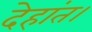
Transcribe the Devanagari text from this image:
देहांत।